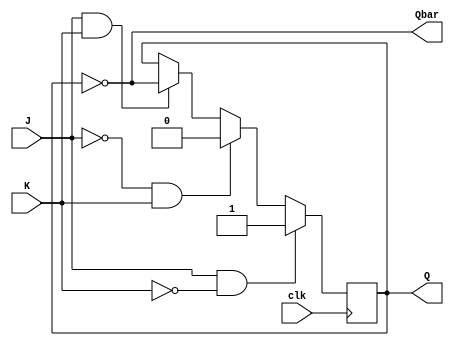
module jk_flipflop (
    input J, // Set input
    input K, // Reset input
    input clk, // Clock input
    output reg Q, // Output Q
    output reg Qbar // Output Q'
);

always @(posedge clk) begin
   if (J & ~K) // If J=1 and K=0
      Q <= 1;
   else if (~J & K) // If J=0 and K=1
      Q <= 0;
   else if (J & K) // If J=1 and K=1
      Q <= ~Q;
   // If J=0 and K=0, hold the current state of Q
end

assign Qbar = ~Q;

endmodule